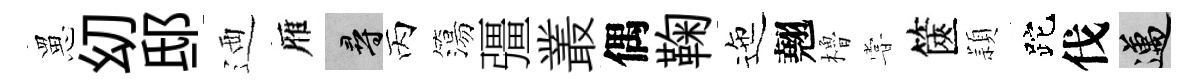
罳㓜邸迺雁尋丙簜彊叢偶鞠迤翹櫓甞篋頴跎伐邁